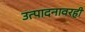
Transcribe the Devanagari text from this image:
उत्पादनावरही